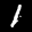
Label: 1